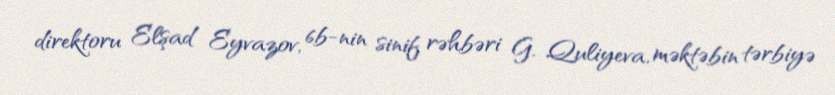
direktoru Elşad Eyvazov, 6b-nin sinif rəhbəri G. Quliyeva, məktəbin tərbiyə